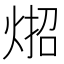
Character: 𪸳